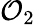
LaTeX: \mathcal{O}_{2}